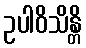
ဥပါဝိသိန္တိ